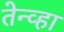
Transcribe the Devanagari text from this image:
तेन्व्हा